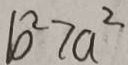
b ^ { 2 } > a ^ { 2 }